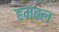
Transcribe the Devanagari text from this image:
हम्बल